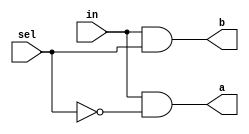
module hack_dmux(in,sel,a,b);
  input in,sel;
  output a,b;

  wire nsel; 

  and and0 (a,in,nsel);
  and and1 (b,in,sel);
  not inv0 (nsel,sel);

  // Behavior description
  /*
  assign  a = sel == 0 ? in : 0;
  assign  b = sel == 1 ? in : 0;
  */
endmodule